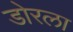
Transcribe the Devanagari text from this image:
डोरला